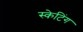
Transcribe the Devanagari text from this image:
स्‍केटिंग